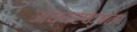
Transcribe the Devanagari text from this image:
अध्यरक्षता